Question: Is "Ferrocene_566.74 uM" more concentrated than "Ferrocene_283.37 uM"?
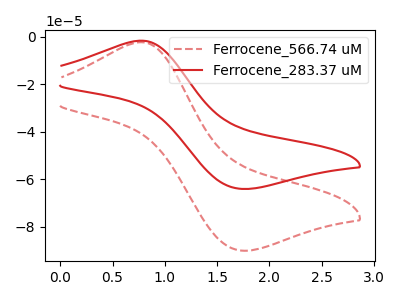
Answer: <think>The red dashed curve "Ferrocene_566.74 uM" has an anodic peak at (0.80V, -2.25uA) and a cathodic peak at (1.75V, -89.95uA). The red curve "Ferrocene_283.37 uM" has an anodic peak at (0.80V, -1.60uA) and a cathodic peak at (1.75V, -63.95uA).
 All the peaks in "Ferrocene_566.74 uM" have a peak in "Ferrocene_283.37 uM" at the same potential.</think>
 <answer>I cant tell if "Ferrocene_566.74 uM" or "Ferrocene_283.37 uM" has higher concentration.</answer>
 <eval>mixed_concentration</eval>